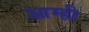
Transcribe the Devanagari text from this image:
आम्‍ही